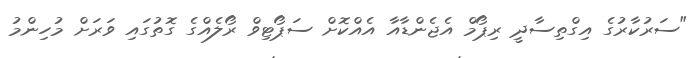
"ސަރުކާރުގެ އިގްތިސާދީ ރިޕޯމް އެޖެންޑާއާ އެއްކޮށް ސަޕޯޓިވް ރޯލެއްގެ ގޮތުގައި ވަރަށް މުހިންމު